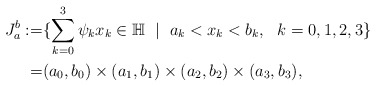
\begin{align*} {J_a^b }:= & \{ \sum_{k=0}^3\psi_k x_k \in \mathbb H \ \mid \ a_k< x_k < b_k, \ \ k=0,1,2,3\} \\ = & (a_0,b_0) \times (a_1,b_1) \times (a_2,b_2) \times (a_3,b_3) ,\end{align*}